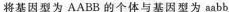
将基因型为AABB的个体与基因型为aabb